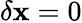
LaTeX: \delta\mathbf{x}=0